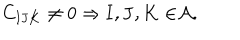
C _ { \mathbf { I J K } } \neq 0 \Rightarrow \mathbf { I , J , K \in } \mathcal { A } .